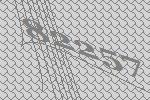
82257